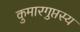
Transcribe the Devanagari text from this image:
कुमारगुप्तस्य